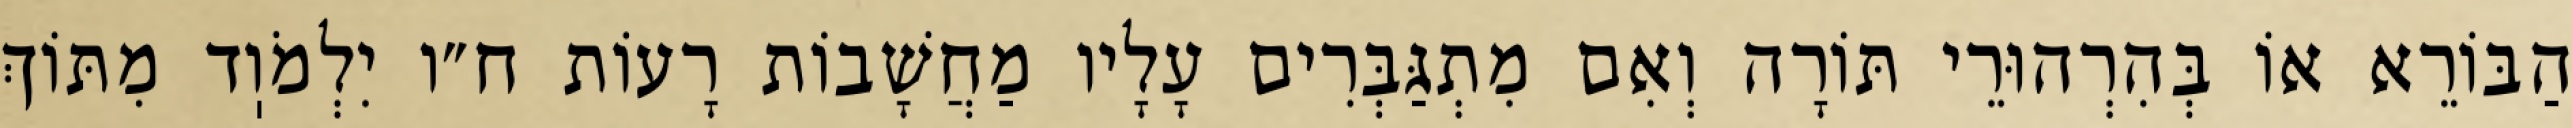
הַבּוֹרֵא אוֹ בְּהִרְהוּרֵי תּוֹרָה וְאִם מִתְגַּבְּרִים עָלָיו מַחֲשָׁבוֹת רָעוֹת ח״ו יִלְמֹוֽד מִתּוֹךְ